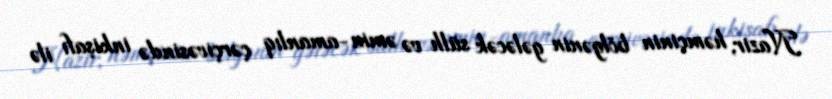
Nazir, həmçinin bölgənin gələcək sülh və əmin-amanlıq çərçivəsində inkişafı ilə